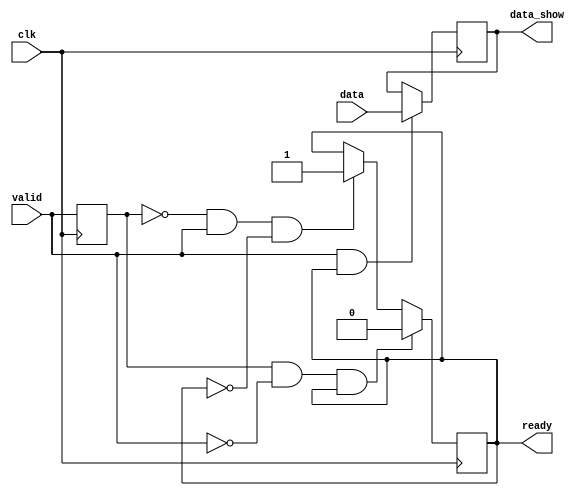
`timescale 10ns / 100ps
//////////////////////////////////////////////////////////////////////////////////
// Company: 
// Engineer: 
// 
// Design Name: 
// Module Name: tx
// Project Name: 
// Target Devices: 
// Tool Versions: 
// Description: 
// 
// Dependencies: 
// 
// Revision:
// Revision 0.01 - File Created
// Additional Comments:
// 
//////////////////////////////////////////////////////////////////////////////////


module rx(
    input clk,
    input [31:0]data,
    output reg ready,
    input valid,
    output [31:0]data_show
    );
    
reg [31:0]datareg;
//reg [31:0]readygen;
//valid
reg [1:0]valid_ff;
wire valid_neg;
wire valid_pos;

initial 
begin 
//     readygen = 32'd0;
     datareg  = 32'd0;
     ready = 1'd0;
     valid_ff = 2'd0;
end

//assign data = datareg;
//always@(posedge clk)
//begin
//    readygen <= readygen + 1;
//end

//always@(posedge clk)
//begin
//    // ready
//    if(readygen & 32'd8)
//       begin 
//            ready <= 1'd1;
//       end
//    else
//       begin 
//            ready <= 1'd0;
//       end
//end

always@(posedge clk)
begin
    valid_ff[0] <= valid;
    valid_ff[1] <= valid_ff[0];
end

assign valid_neg = valid_ff[0] & ~valid;
assign valid_pos = ~valid_ff[0] & valid;
assign data_show = datareg;

always@(posedge clk)
begin
    //
    if(valid & ready)
          begin
            datareg <= data;
          end
    else
        begin
            datareg <= datareg;
        end
end


always@(negedge clk)
begin
//
    if(valid_pos & (~ready))
        begin
            ready <= 1'd1;
//            datareg <= data;
        end
    if(valid_neg & ready)
        begin
            ready <= 1'd0;
//            datareg <= datareg;
        end
//    if(valid & (~ready))
//        begin
//            ready <= 1'd1;
//        end
//    else
//        if(valid & ready)
//        begin
//            ready <= 1'd0;
//        end
end


endmodule